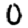
Digit: 0